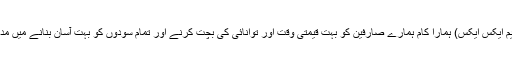
ایکس این ایم ایکس ایکس) ہمارا کام ہمارے صارفین کو بہت قیمتی وقت اور توانائی کی بچت کرنے اور تمام سودوں کو بہت آسان بنانے میں مدد کرتا ہے۔